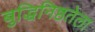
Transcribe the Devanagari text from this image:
बुद्धिनिष्ठतेला